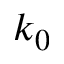
k _ { 0 }